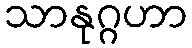
သာနုဂ္ဂဟာ